Annual report on the Civil Veterinary Department, Burma (including the Insein Veterinary School) - 1910-1922
Year: 1910
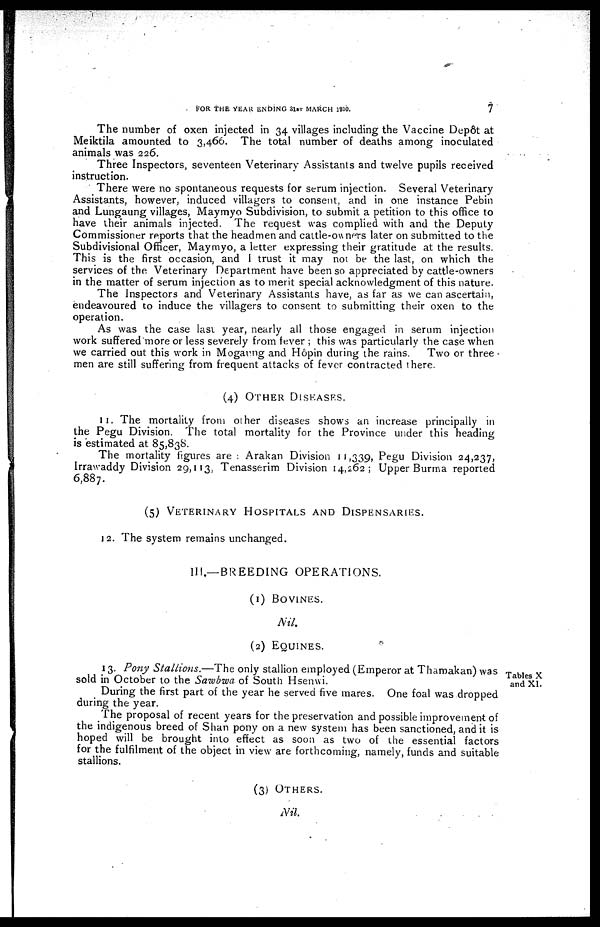
FOR THE YEAR ENDING 31ST MARCH 1910.
7
The number of oxen injected in 34 villages including the Vaccine Dep6t at
Meiktila amounted to 3,466. The total number of deaths among inoculated
animals was 226.
Three Inspectors, seventeen Veterinary Assistants and twelve pupils received
instruction.
There were no spontaneous requests for serum injection. Several Veterinary
Assistants, however, induced villagers to consent, and in one instance Pebin
and Lungaung villages, Maymyo Subdivision, to submit a petition to this office to
have their animals injected. The request was complied with and the Deputy
Commissioner reports that the headmen and cattle-owners later on submitted to the
Subdivisional Officer, Maymyo, a letter expressing their gratitude at the results.
This is the first occasion, and I trust it may not be the last, on which the
services of the Veterinary Department have been so appreciated by cattle-owners
in the matter of serum injection as to merit special acknowledgment of this nature.
The inspectors and Veterinary Assistants have, as far as we can ascertain,
endeavoured to induce the villagers to consent to submitting their oxen to the
operation.
As was the case last year, nearly all those engaged in serum injection
work suffered more or less severely from fever ; this was particularly the case when
we carried out this work in Mogaung and Hôpin during the rains.
Two or three
men are still suffering from frequent attacks of fever contracted there.
(4) Other Diseases.
11. The mortality from other diseases shows an increase principally in
the Pegu Division. The total mortality for the Province under this heading
is estimated at 85,838.
The mortality figures are : Arakan Division 11,339, Pegu Division 24,237,
Irrawaddy Division 29,113, Tenasserim Division 14,262; Upper Burma reported
6,887.
(5) Veterinary Hospitals and Dispensaries.
12. The system remains unchanged.
III.—BREEDING OPERATIONS.
(1) BOVINES.
Nil.
(2) Equines.
Tables X
and XI.
13. Pony Stallions.—The only stallion employed (Emperor at Thamakan) was
sold in October to the Sawbwa of South Hsenwi.
During the first part of the year he served five mares. One foal was dropped
during the year.
The proposal of recent years for the preservation and possible improvement of
the indigenous breed of Shan pony on a new system has been sanctioned, and it is
hoped will be brought into effect as soon as two of the essential factors
for the fulfilment of the object in view are forthcoming, namely, funds and suitable
stallions.
(3) Others.
Nil.